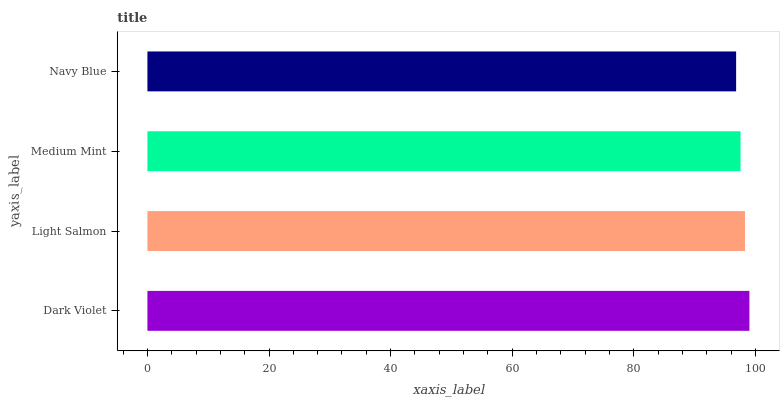
| yaxis_label | bars |
 | --- | --- |
 | Dark Violet | 99 |
 | Light Salmon | 98.3 |
 | Medium Mint | 97.5 |
 | Navy Blue | 96.8 |